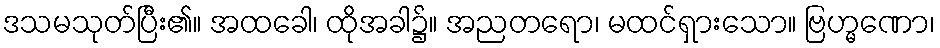
ဒသမသုတ်ပြီး၏။ အထခေါ၊ ထိုအခါ၌။ အညတရော၊ မထင်ရှားသော။ ဗြဟ္မဏော၊